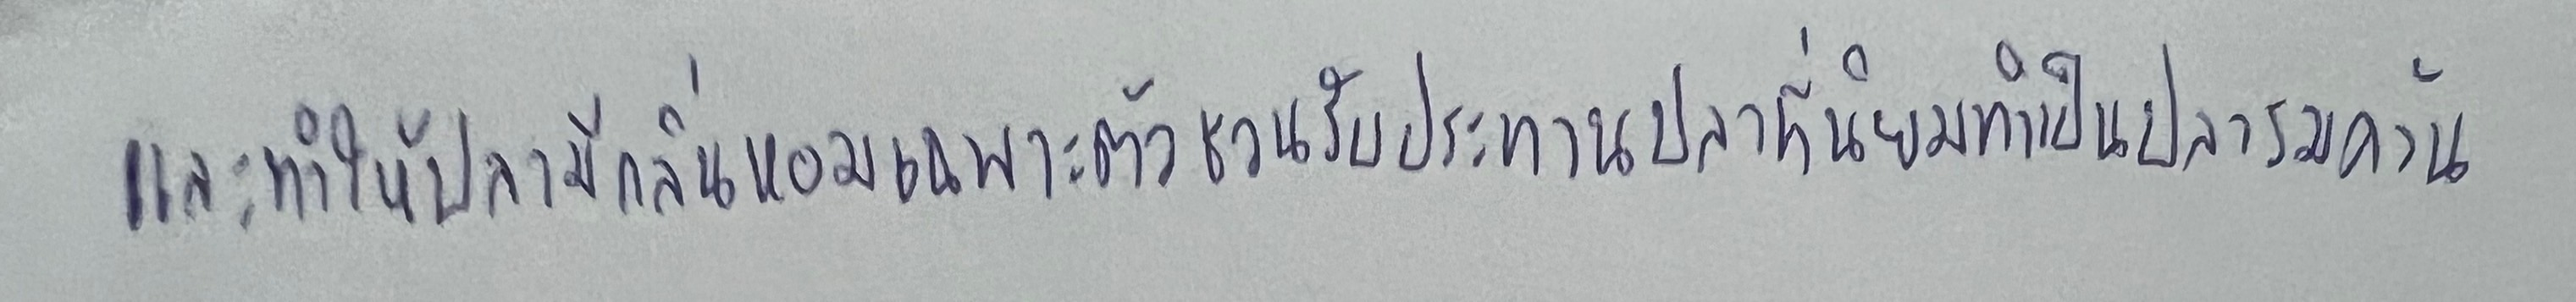
และทำให้ปลามีกลิ่นหอมเฉพาะตัวชวนรับประทานปลาที่นิยมทำเป็นปลารมควัน